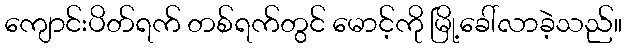
ကျောင်းပိတ်ရက် တစ်ရက်တွင် မောင့်ကို မြို့ခေါ်လာခဲ့သည်။